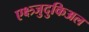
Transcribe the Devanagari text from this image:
एक्ष्त्र्जुदुकिअल